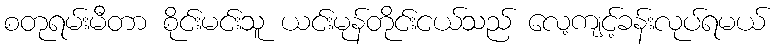
စတုရမ်းမီတာ စိုင်းမင်းသူ ယင်းမုန်တိုင်းငယ်သည် လေ့ကျင့်ခန်းလုပ်ရမယ်